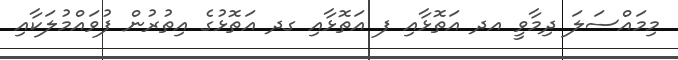
މިމައްސަލަ ދިމާވީ އދ އަތޮޅާއި ފ އަތޮޅާއި ގދ އަތޮޅުގެ އިތުރުން ފުވައްމުލަކާއި